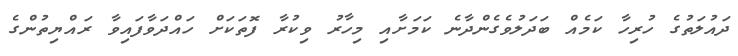
ދައުލަތުގެ ހުރިހާ ކަމެއް ބަދަލުވެގެންދާނެ ކަމަށާއި މިހާރު ވިކުރާ ފޮތަކަށް ހައްދަވާފައިވާ ރައްޔިތުންގެ